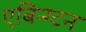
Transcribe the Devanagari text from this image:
एबिन्ग्टन